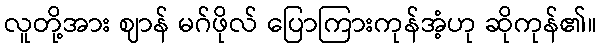
လူတို့အား ဈာန် မဂ်ဖိုလ် ပြောကြားကုန်အံ့ဟု ဆိုကုန်၏။